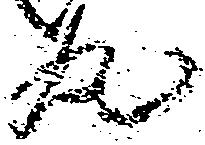
丸